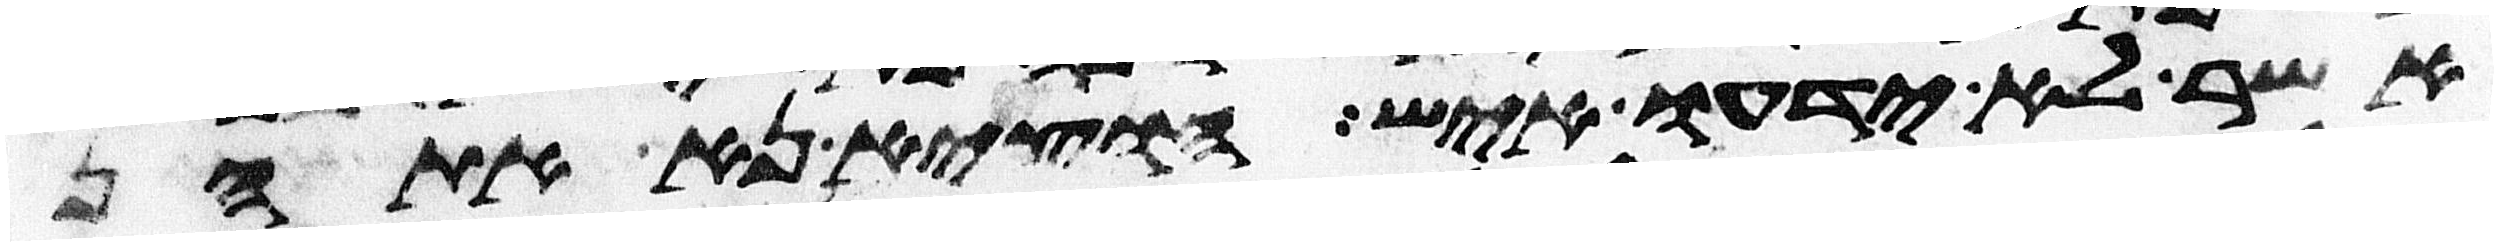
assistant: אשר לא ידעו איש הוציא נא אתהן